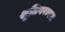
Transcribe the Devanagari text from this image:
श्रुतिपरम्परा